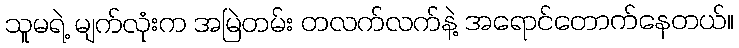
သူမရဲ့ မျက်လုံးက အမြဲတမ်း တလက်လက်နဲ့ အရောင်တောက်နေတယ်။